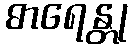
ဓာရေန္တု